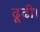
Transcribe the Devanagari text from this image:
ढूढी।